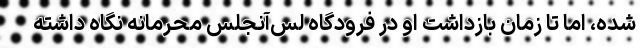
شده، اما تا زمان بازداشت او در فرودگاه لس‌آنجلس محرمانه نگاه داشته